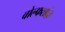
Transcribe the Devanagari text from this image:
वोल्फशांज़